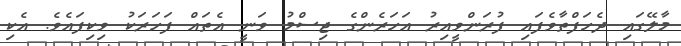
މާލޭގައި ދެހަފްތާވެފައި ފުރަންވީއިރު އަހަރެންގެ ޖިސްމު ވަނީ އެތައް ފަހަރަކު ވިކިފައެވެ. އެކި